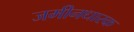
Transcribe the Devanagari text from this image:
जमीनधारक